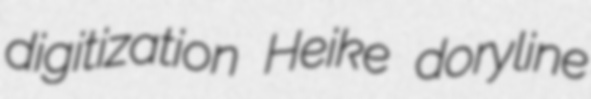
digitization Heike doryline